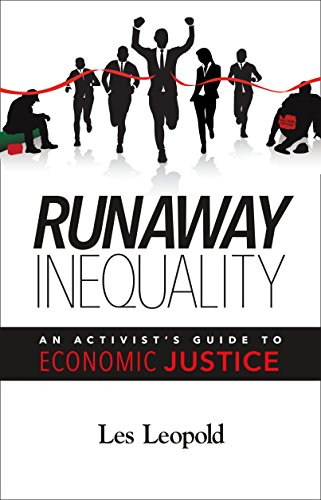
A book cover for Runaway Inequality: An Activist's Guide to Economic Justice; Les Leopold; Business & Money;